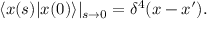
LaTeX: \langle x ( s ) | x ( 0 ) \rangle | _ { s \rightarrow 0 } = \delta ^ { 4 } ( x - x ^ { \prime } ) .